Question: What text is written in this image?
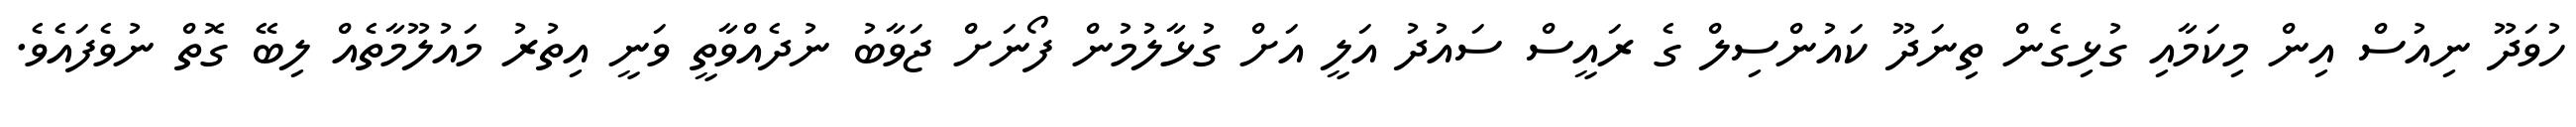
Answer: ހުވަދޫ ނިއުސް އިން މިކަމާއި ގުޅިގެން ތިނަދޫ ކައުންސިލް ގެ ރައީސް ސައުދު އަލީ އަށް ގުޅާލުމުން ފޯނަށް ޖަވާބު ނުދެއްވާތީ ވަނީ އިތުރު މައުލޫމާތެއް ލިބޭ ގޮތް ނުވެފައެވެ.